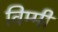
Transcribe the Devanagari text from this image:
विम्मी